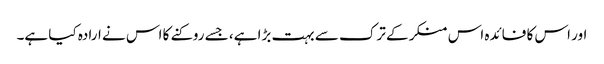
اور اس کا فائدہ اس منکر کے ترک سے بہت بڑا ہے، جسے روکنے کا اس نے ارادہ کیا ہے۔